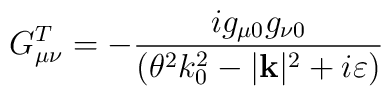
G^{T}_{\mu \nu }=-\frac{ig_{\mu 0}g_{\nu 0}}{(\theta ^{2}k^{2}_{0}-|\mathbf{k}|^{2}+i\varepsilon )}